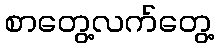
စာတွေ့လက်တွေ့